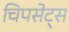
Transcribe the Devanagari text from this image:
चिपसेट्स